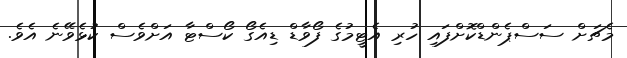
މެޗަށް ސަސްޕެންޑްކޮށްފައި ހުރި އެޓީމުގެ ފޯވާޑް ޑިއެގޯ ކޯސްޓާ އަށްވެސް ކުޅެވޭނެ އެވެ.